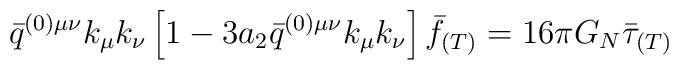
\bar{q}^{(0)\mu\nu}k_{\mu}k_{\nu}  \left[1-3a_2\bar{q}^{(0)\mu\nu}k_{\mu}k_{\nu}\right]  \bar{f}_{(T)}   = 16\pi G_N\bar{\tau}_{(T)}